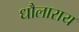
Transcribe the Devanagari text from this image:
धौलाराय